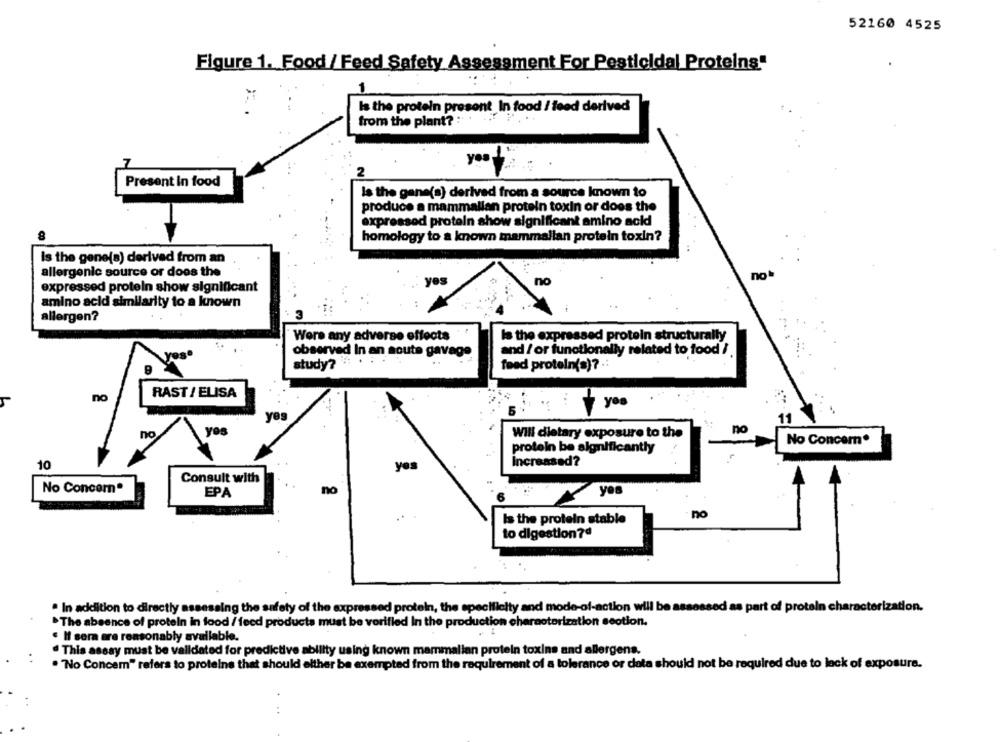
52160 4525
Figure 1. Food / Feed Safety Assessment For Pesticidal Proteins"
Is the protein present In food / feed derived
from the plant? :
yes
2
Present In food
Is the gene(a) derived from a source known to
produce a mammalian protein toxin or does the
expressed protein show significant amino acid
homology to a known mammalian protein toxin?
Is the gene(s) derived from an
allergenic source or does the
no
yes
no
expressed protein show significant
amino acid similarity to a known
allergen?
Were any adverse effects
Is the expressed protein structurally
observed In an soute gavage
and / or functionally related to food /
study ?. . .
feed protein(s) ?.:
RAST / ELISA
no
yea
yes
11
no
no
yes
Will dietary exposure to the
No Concem.
protein be algnificantiy
Increased?
10
yes
Consult with
No Concom®
EPA
no
yes
no
Is the protein stable
to digestion?ª
. In addition to directly assessing the safety of the expressed protein, the specificity and mode-of-action will be assessed as part of protein characterization.
The absence of protein in food / feed products must be verified In the production characterization section.
" Il sera are reasonably available.
This assay must be validated for predictive ability using known mammalian protein toxins and allergens.
. "No Concem" refers to proteine that should elther be exempted from the requirement of a tolerance or data should not be required due to lack of exposure.
..